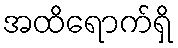
အထိရောက်ရှိ